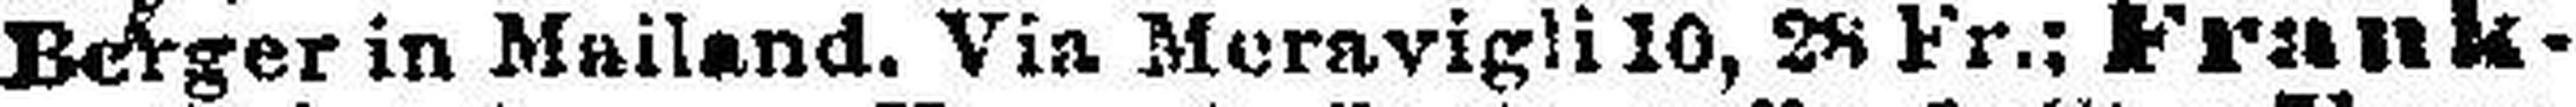
Berger in Mailand. Via Moravigli 10, 28 Fr.; Frank¬